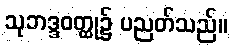
သုဘဒ္ဒဝတ္ထု၌ ပညတ်သည်။